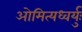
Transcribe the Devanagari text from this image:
ओमित्यध्वर्युः